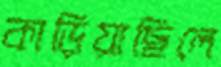
কাড়িয়াছিলে